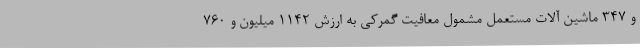
و 347 ماشین آلات مستعمل مشمول معافیت گمرکی به ارزش 1142 میلیون و 760